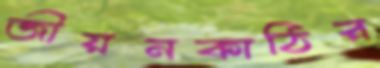
জীয়নকাঠির